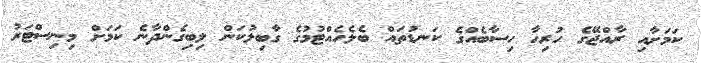
ކަމަށާއި ރާއްޖޭގެ ހުރިހާ ހިސާބެއްގެ ކަނޑުތައް ބެލެހެއްޓުމުގެ ގާބިލުކަން ލިބިގެންދާނެ ކަމަށް މިނިސްޓަރު